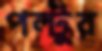
পল্টুর